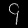
Digit: ၄